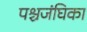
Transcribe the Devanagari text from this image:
पश्चजंघिका